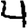
Digit: 4